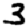
Digit: 3